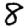
Digit: 8